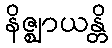
နိဇ္ဈာယန္တိ